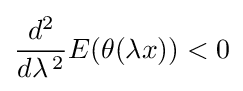
{\frac {d^{2}}{d\lambda \,^{2}}}E(\theta (\lambda x))<0